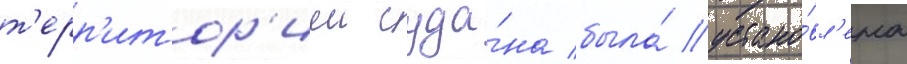
т'ерр'итор'иеи суда́на была́ устано́вл'ена